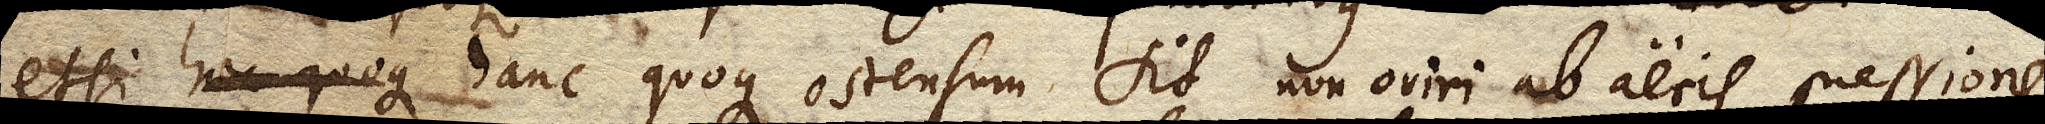
etsi hanc quoque ostensum sit non oriri ab aeris pressione.